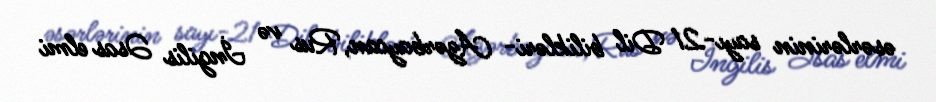
əsərlərinin sayı-21 Dil bilikləri- Azərbaycan, Rus və İngilis Əsas elmi